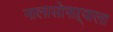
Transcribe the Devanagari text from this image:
नालासोपाऱ्याला